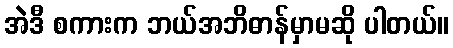
အဲဒီ စကားက ဘယ်အဘိဓာန်မှာမဆို ပါတယ်။